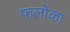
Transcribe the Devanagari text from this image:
फलोंका